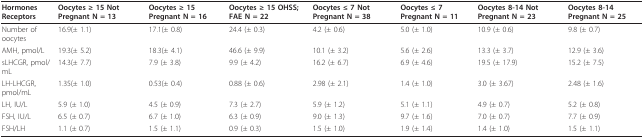
<table><thead><tr><td><b>Hormones Receptors</b></td><td><b>Oocytes ≥ 15 Not Pregnant N = 13</b></td><td><b>Oocytes ≥ 15 Pregnant N = 16</b></td><td><b>Oocytes ≥ 15 OHSS; FAE N = 22</b></td><td><b>Oocytes ≤ 7 Not Pregnant N = 38</b></td><td><b>Oocytes ≤ 7 Pregnant N = 11</b></td><td><b>Oocytes 8-14 Not Pregnant N = 23</b></td><td><b>Oocytes 8-14 Pregnant N = 25</b></td></tr></thead><tbody><tr><td>Number of oocytes</td><td>16.9(± 1.1)</td><td>17.1(± 0.8)</td><td>24.4 (± 0.3)</td><td>4.2 (± 0.6)</td><td>5.0 (± 1.0)</td><td>10.9 (± 0.6)</td><td>9.8 (± 0.7)</td></tr><tr><td>AMH, pmol/L</td><td>19.3(± 5.2)</td><td>18.3(± 4.1)</td><td>46.6 (± 9.9)</td><td>10.1 (± 3.2)</td><td>5.6 (± 2.6)</td><td>13.3 (± 3.7)</td><td>12.9 (± 3.6)</td></tr><tr><td>sLHCGR, pmol/mL</td><td>14.3(± 7.7)</td><td>7.9 (± 3.8)</td><td>9.9 (± 4.2)</td><td>16.2 (± 6.7)</td><td>6.9 (± 4.6)</td><td>19.5 (± 17.9)</td><td>15.2 (± 7.5)</td></tr><tr><td>LH-LHCGR, pmol/mL</td><td>1.35(± 1.0)</td><td>0.53(± 0.4)</td><td>0.88 (± 0.6)</td><td>2.98 (± 2.1)</td><td>1.4 (± 1.0)</td><td>3.0 (± 3.67)</td><td>2.48 (± 1.6)</td></tr><tr><td>LH, IU/L</td><td>5.9 (± 1.0)</td><td>4.5 (± 0.9)</td><td>7.3 (± 2.7)</td><td>5.9 (± 1.2)</td><td>5.1 (± 1.1)</td><td>4.9 (± 0.7)</td><td>5.2 (± 0.8)</td></tr><tr><td>FSH, IU/L</td><td>6.5 (± 0.7)</td><td>6.7 (± 1.0)</td><td>6.3 (± 0.9)</td><td>9.0 (± 1.3)</td><td>9.7 (± 1.6)</td><td>7.0 (± 0.7)</td><td>7.7 (± 0.9)</td></tr><tr><td>FSH/LH</td><td>1.1 (± 0.7)</td><td>1.5 (± 1.1)</td><td>0.9 (± 0.3)</td><td>1.5 (± 1.0)</td><td>1.9 (± 1.4)</td><td>1.4 (± 1.0)</td><td>1.5 (± 1.1)</td></tr></tbody></table>